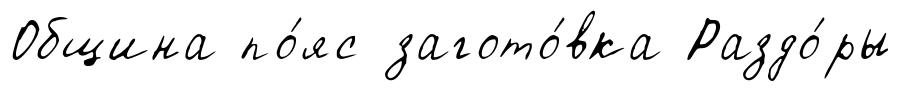
Община по́яс загото́вка Раздо́ры